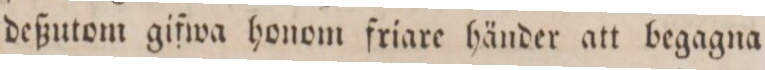
deßutom gifwa honom friare händer att begagna